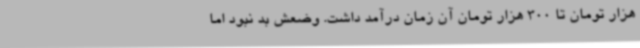
هزار تومان تا 300 هزار تومان آن زمان درآمد داشت. وضعش بد نبود اما